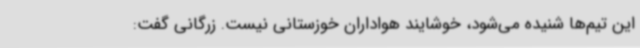
این تیم‌ها شنیده می‌شود، خوشایند هواداران خوزستانی نیست. زرگانی گفت:‌